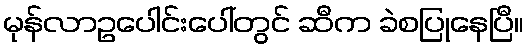
မုန်လာဥပေါင်းပေါ်တွင် ဆီက ခဲစပြုနေပြီ။